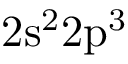
\mathrm { 2 s ^ { 2 } 2 p ^ { 3 } }